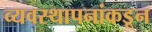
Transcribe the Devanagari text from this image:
व्यवस्थापनांकडून